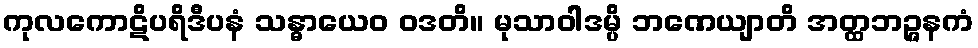
ကုလကောဋိပရိဒီပနံ သန္ဓာယေဝ ဝဒတိ။ မုသာဝါဒမ္ပိ ဘဏေယျာတိ အတ္ထဘဉ္ဇနကံ